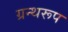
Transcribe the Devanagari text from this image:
ग्रन्थरूप